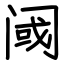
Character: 阈